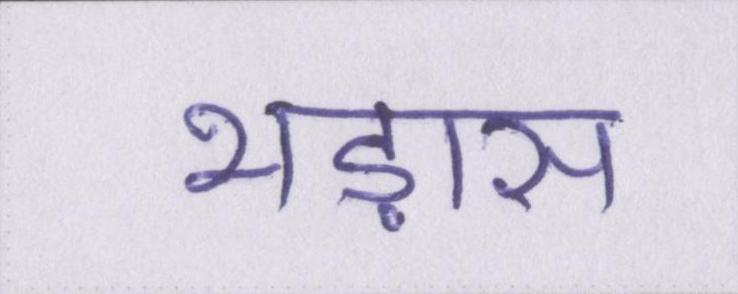
भड़ास